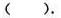
( ).